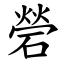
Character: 䃕